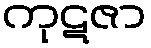
ကုဋဇာ